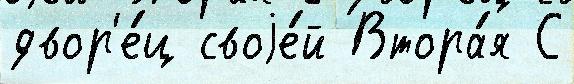
двор'е́ц своjе́й Втора́я С